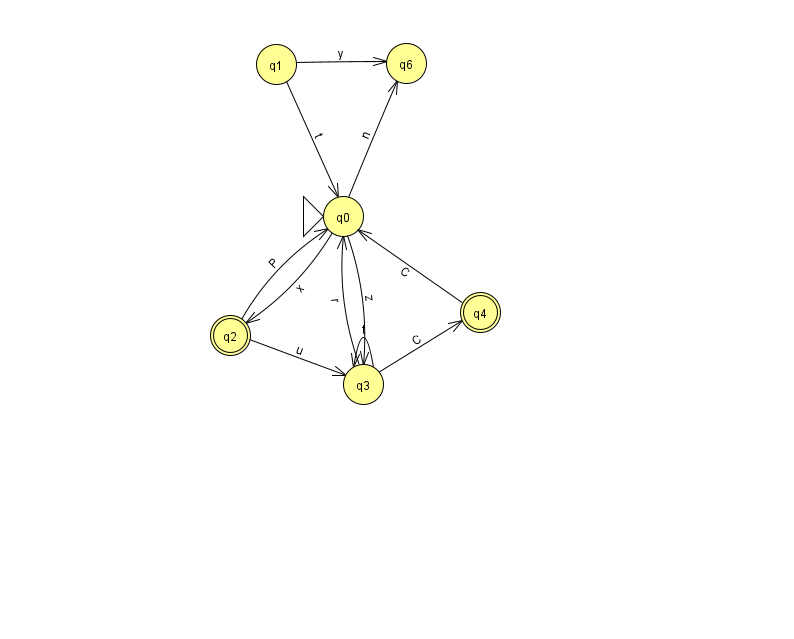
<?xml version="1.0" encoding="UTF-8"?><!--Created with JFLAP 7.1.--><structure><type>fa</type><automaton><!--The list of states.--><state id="0" name="q0"><x>343.0</x><y>203.0</y><initial/></state><state id="1" name="q1"><x>276.0</x><y>51.0</y></state><state id="2" name="q2"><x>230.0</x><y>322.0</y><final/></state><state id="3" name="q3"><x>363.0</x><y>371.0</y></state><state id="4" name="q4"><x>480.0</x><y>299.0</y><final/></state><state id="6" name="q6"><x>406.0</x><y>50.0</y></state><!--The list of transitions.--><transition><from>1</from><to>6</to><read>y</read></transition><transition><from>2</from><to>3</to><read>u</read></transition><transition><from>0</from><to>2</to><read>x</read></transition><transition><from>0</from><to>3</to><read>z</read></transition><transition><from>3</from><to>3</to><read>t</read></transition><transition><from>4</from><to>0</to><read>C</read></transition><transition><from>0</from><to>6</to><read>n</read></transition><transition><from>3</from><to>4</to><read>C</read></transition><transition><from>1</from><to>0</to><read>t</read></transition><transition><from>2</from><to>0</to><read>P</read></transition><transition><from>3</from><to>0</to><read>r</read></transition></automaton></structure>